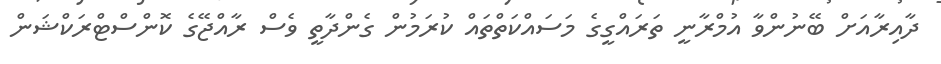
ދާއިރާއަށް ބޭނުންވާ އުމްރާނީ ތަރައްގީގެ މަސައްކަތްތައް ކުރަމުން ގެންދާތީ ވެސް ރާއްޖޭގެ ކޮންސްޓްރަކްޝަން